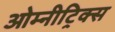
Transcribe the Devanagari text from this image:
ओम्नीट्रिक्स